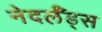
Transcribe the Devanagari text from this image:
नेदर्लँड्स